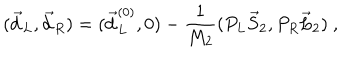
( \vec { d } _ { L } , \vec { d } _ { R } ) = ( \vec { d } _ { L } ^ { ( 0 ) } , 0 ) - { \frac { 1 } { M _ { 2 } } } ( P _ { L } \vec { S } _ { 2 } , P _ { R } \vec { L } _ { 2 } ) \ ,